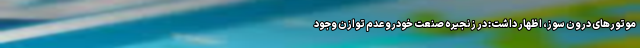
موتورهای درون سوز، اظهار داشت: در زنجیره صنعت خودرو عدم توازن وجود